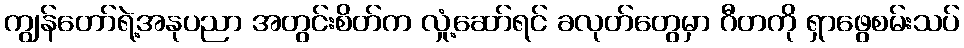
ကျွန်တော်ရဲ့အနုပညာ အတွင်းစိတ်က လှုံ့ဆော်ရင် ခလုတ်တွေမှာ ဂီတကို ရှာဖွေစမ်းသပ်